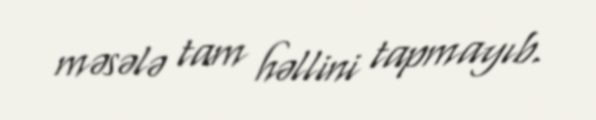
məsələ tam həllini tapmayıb.